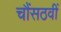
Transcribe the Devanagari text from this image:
चौंसठवीं